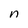
Character: n